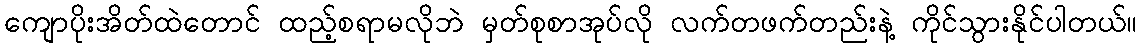
ကျောပိုးအိတ်ထဲတောင် ထည့်စရာမလိုဘဲ မှတ်စုစာအုပ်လို လက်တဖက်တည်းနဲ့ ကိုင်သွားနိုင်ပါတယ်။